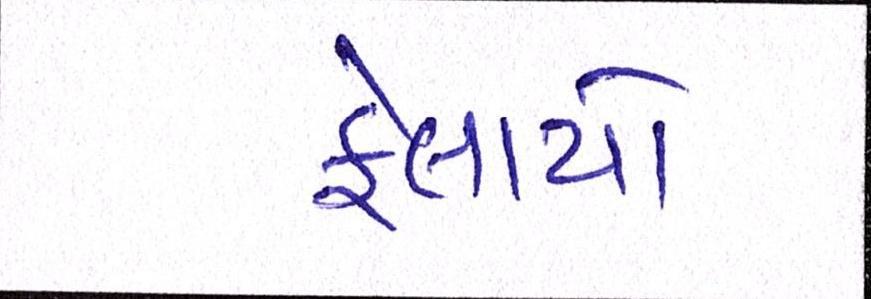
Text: ફેલાયો